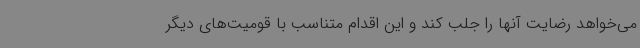
می‌خواهد رضایت آنها را جلب کند و این اقدام متناسب با قومیت‌های دیگر